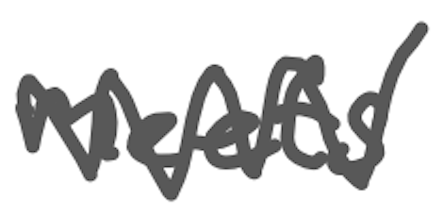
Text: meets
Cross-out: zig-zag
Writing tool: digital_gray